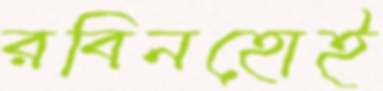
রবিনহোই